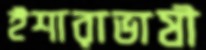
ইশারাভাষী